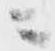
ニ